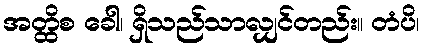
အတ္ထိစ ခေါ၊ ရှိသည်သာလျှင်တည်း။ တံပိ၊